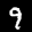
Label: 9